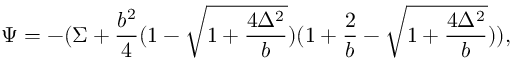
\Psi = - ( \Sigma + \frac { b ^ { 2 } } { 4 } ( 1 - \sqrt { 1 + \frac { 4 \Delta ^ { 2 } } { b } } ) ( 1 + \frac { 2 } { b } - \sqrt { 1 + \frac { 4 \Delta ^ { 2 } } { b } } ) ) ,